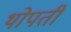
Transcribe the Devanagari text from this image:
थोपती